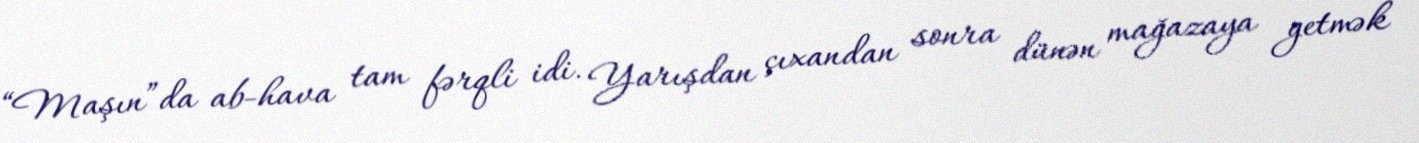
“Maşın”da ab-hava tam fərqli idi. Yarışdan çıxandan sonra dünən mağazaya getmək